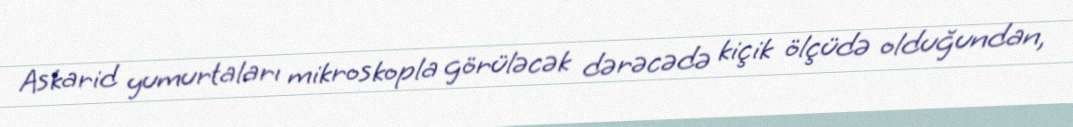
Askarid yumurtaları mikroskopla görüləcək dərəcədə kiçik ölçüdə olduğundan,